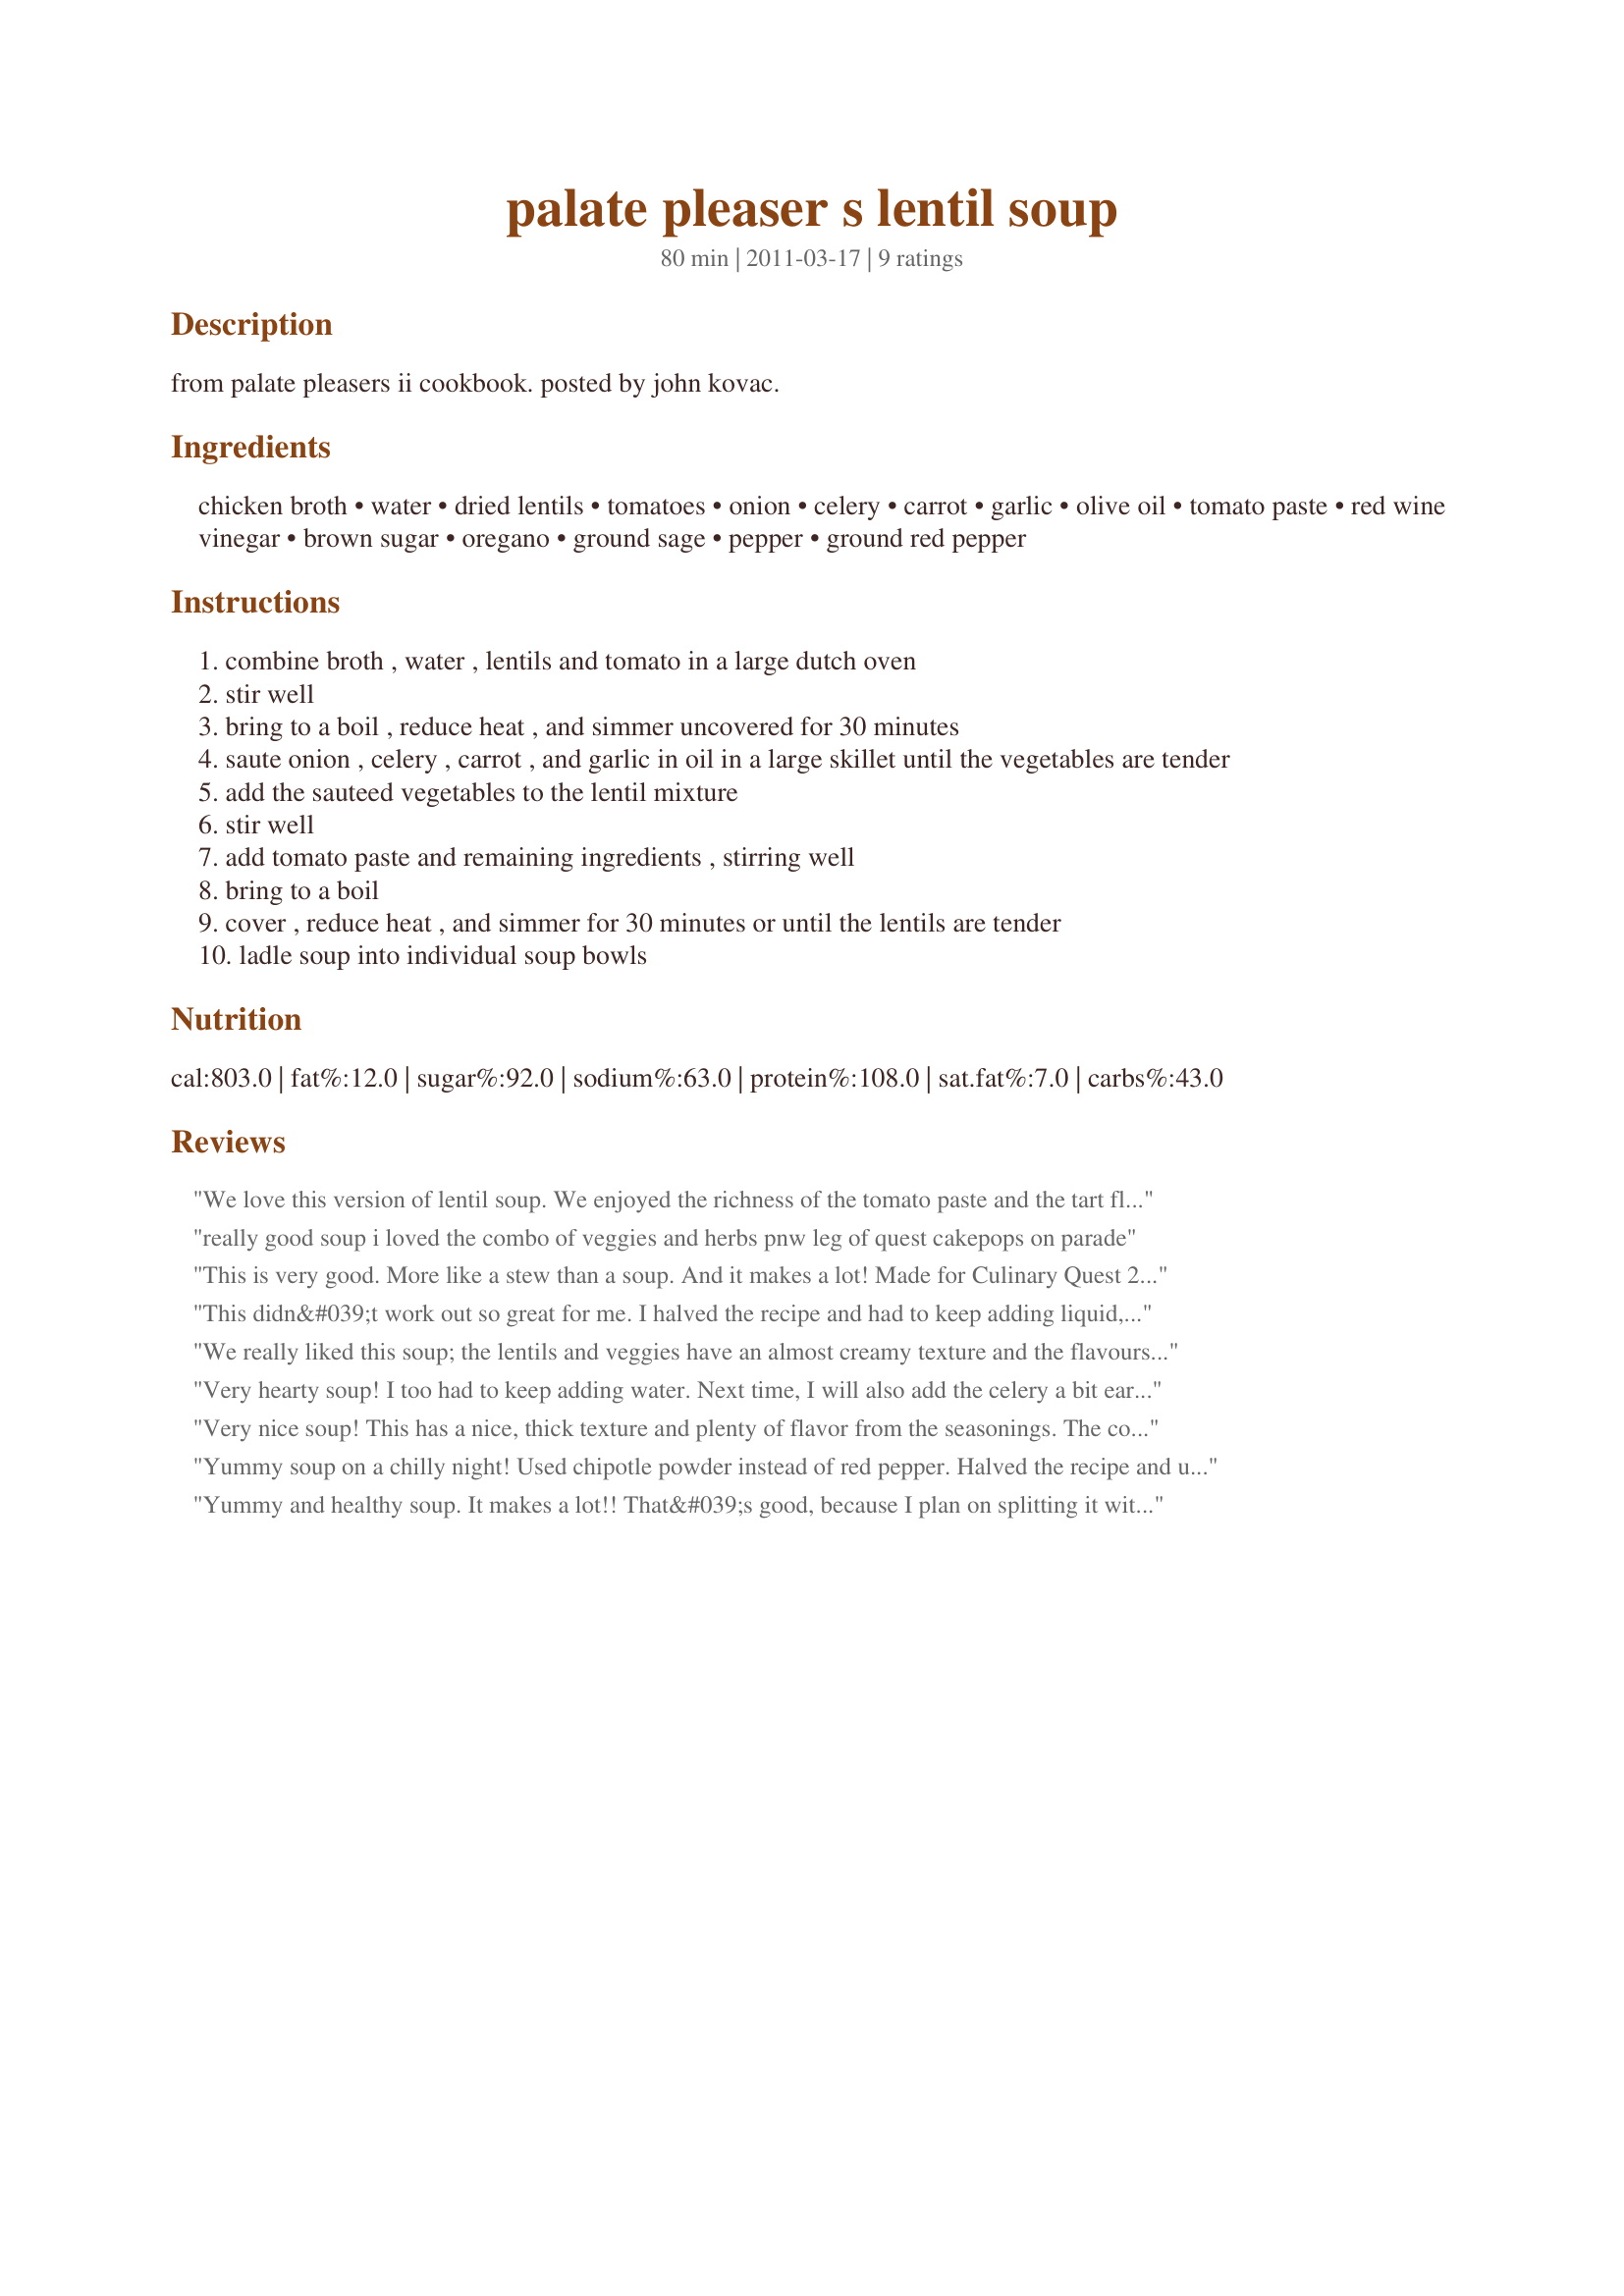
palate pleaser s lentil soup
Preparation time: 80 minutes

from palate pleasers ii cookbook. posted by john kovac.

Ingredients:
chicken broth, water, dried lentils, tomatoes, onion, celery, carrot, garlic, olive oil, tomato paste, red wine vinegar, brown sugar, oregano, ground sage, pepper, ground red pepper

Steps:
combine broth , water , lentils and tomato in a large dutch oven
stir well
bring to a boil , reduce heat , and simmer uncovered for 30 minutes
saute onion , celery , carrot , and garlic in oil in a large skillet until the vegetables are tender
add the sauteed vegetables to the lentil mixture
stir well
add tomato paste and remaining ingredients , stirring well
bring to a boil
cover , reduce heat , and simmer for 30 minutes or until the lentils are tender
ladle soup into individual soup bowls

Reviews:
We love this version of lentil soup. We enjoyed the richness of the tomato paste and the tart flavor from the vinegar. I halved this recipe and it makes plenty of soup. The only change I made was to add a &quot;lonely&quot; parsnip that I had leftover in the fridge. The carrots and onions didn&#039;t seem to mind. : )
really good soup i loved the combo of veggies and herbs pnw leg of quest cakepops on parade
This is very good. More like a stew than a soup. And it makes a lot! Made for Culinary Quest 2014/CCQ.
This didn&#039;t work out so great for me. I halved the recipe and had to keep adding liquid, and in the end it was really a thick stew. Also, there wasn&#039;t enough seasoning/flavor for me. Thanks for taking the time to post the recipe, this just wasn&#039;t what I was looking for. .
We really liked this soup; the lentils and veggies have an almost creamy texture and the flavours are great - especially the tomato paste makes it a bit dfferent than other lentil soups. Next time I may add a squeeze of lemon before serving, cilantro on top would be great as well.
Very hearty soup! I too had to keep adding water. Next time, I will also add the celery a bit earlier as I like it less crunchy. Thank you.
Very nice soup! This has a nice, thick texture and plenty of flavor from the seasonings. The combination of vegetables was very nice. Thanks for sharing!
Yummy soup on a chilly night! Used chipotle powder instead of red pepper. Halved the recipe and used red lentils. Delish! Thanks breezermom!
Yummy and healthy soup. It makes a lot!! That&#039;s good, because I plan on splitting it with my daughter, who just moved in to a college apartment. I&#039;m happy to share something this healthy and comforting with her. I love all the veggies - and the sauteing made them extra flavorful. I did have to add in about 2 cups of extra liquid (mine was getting way too thick) and about 1 1/2 to 2 t salt (didn&#039;t really keep track). Thank you! Made for Culinary Quest - PNW - International Agents of Quest team.
